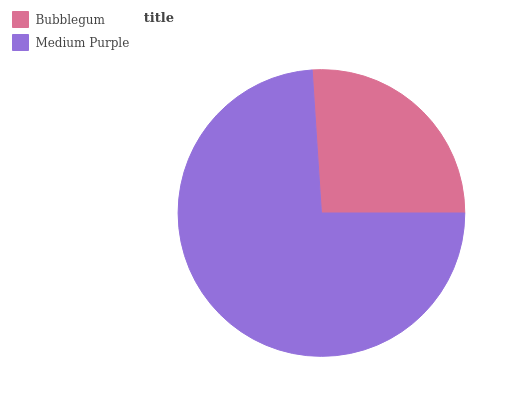
| Bubblegum | Medium Purple |
 | --- | --- |
 | 26.1% | 73.9% |